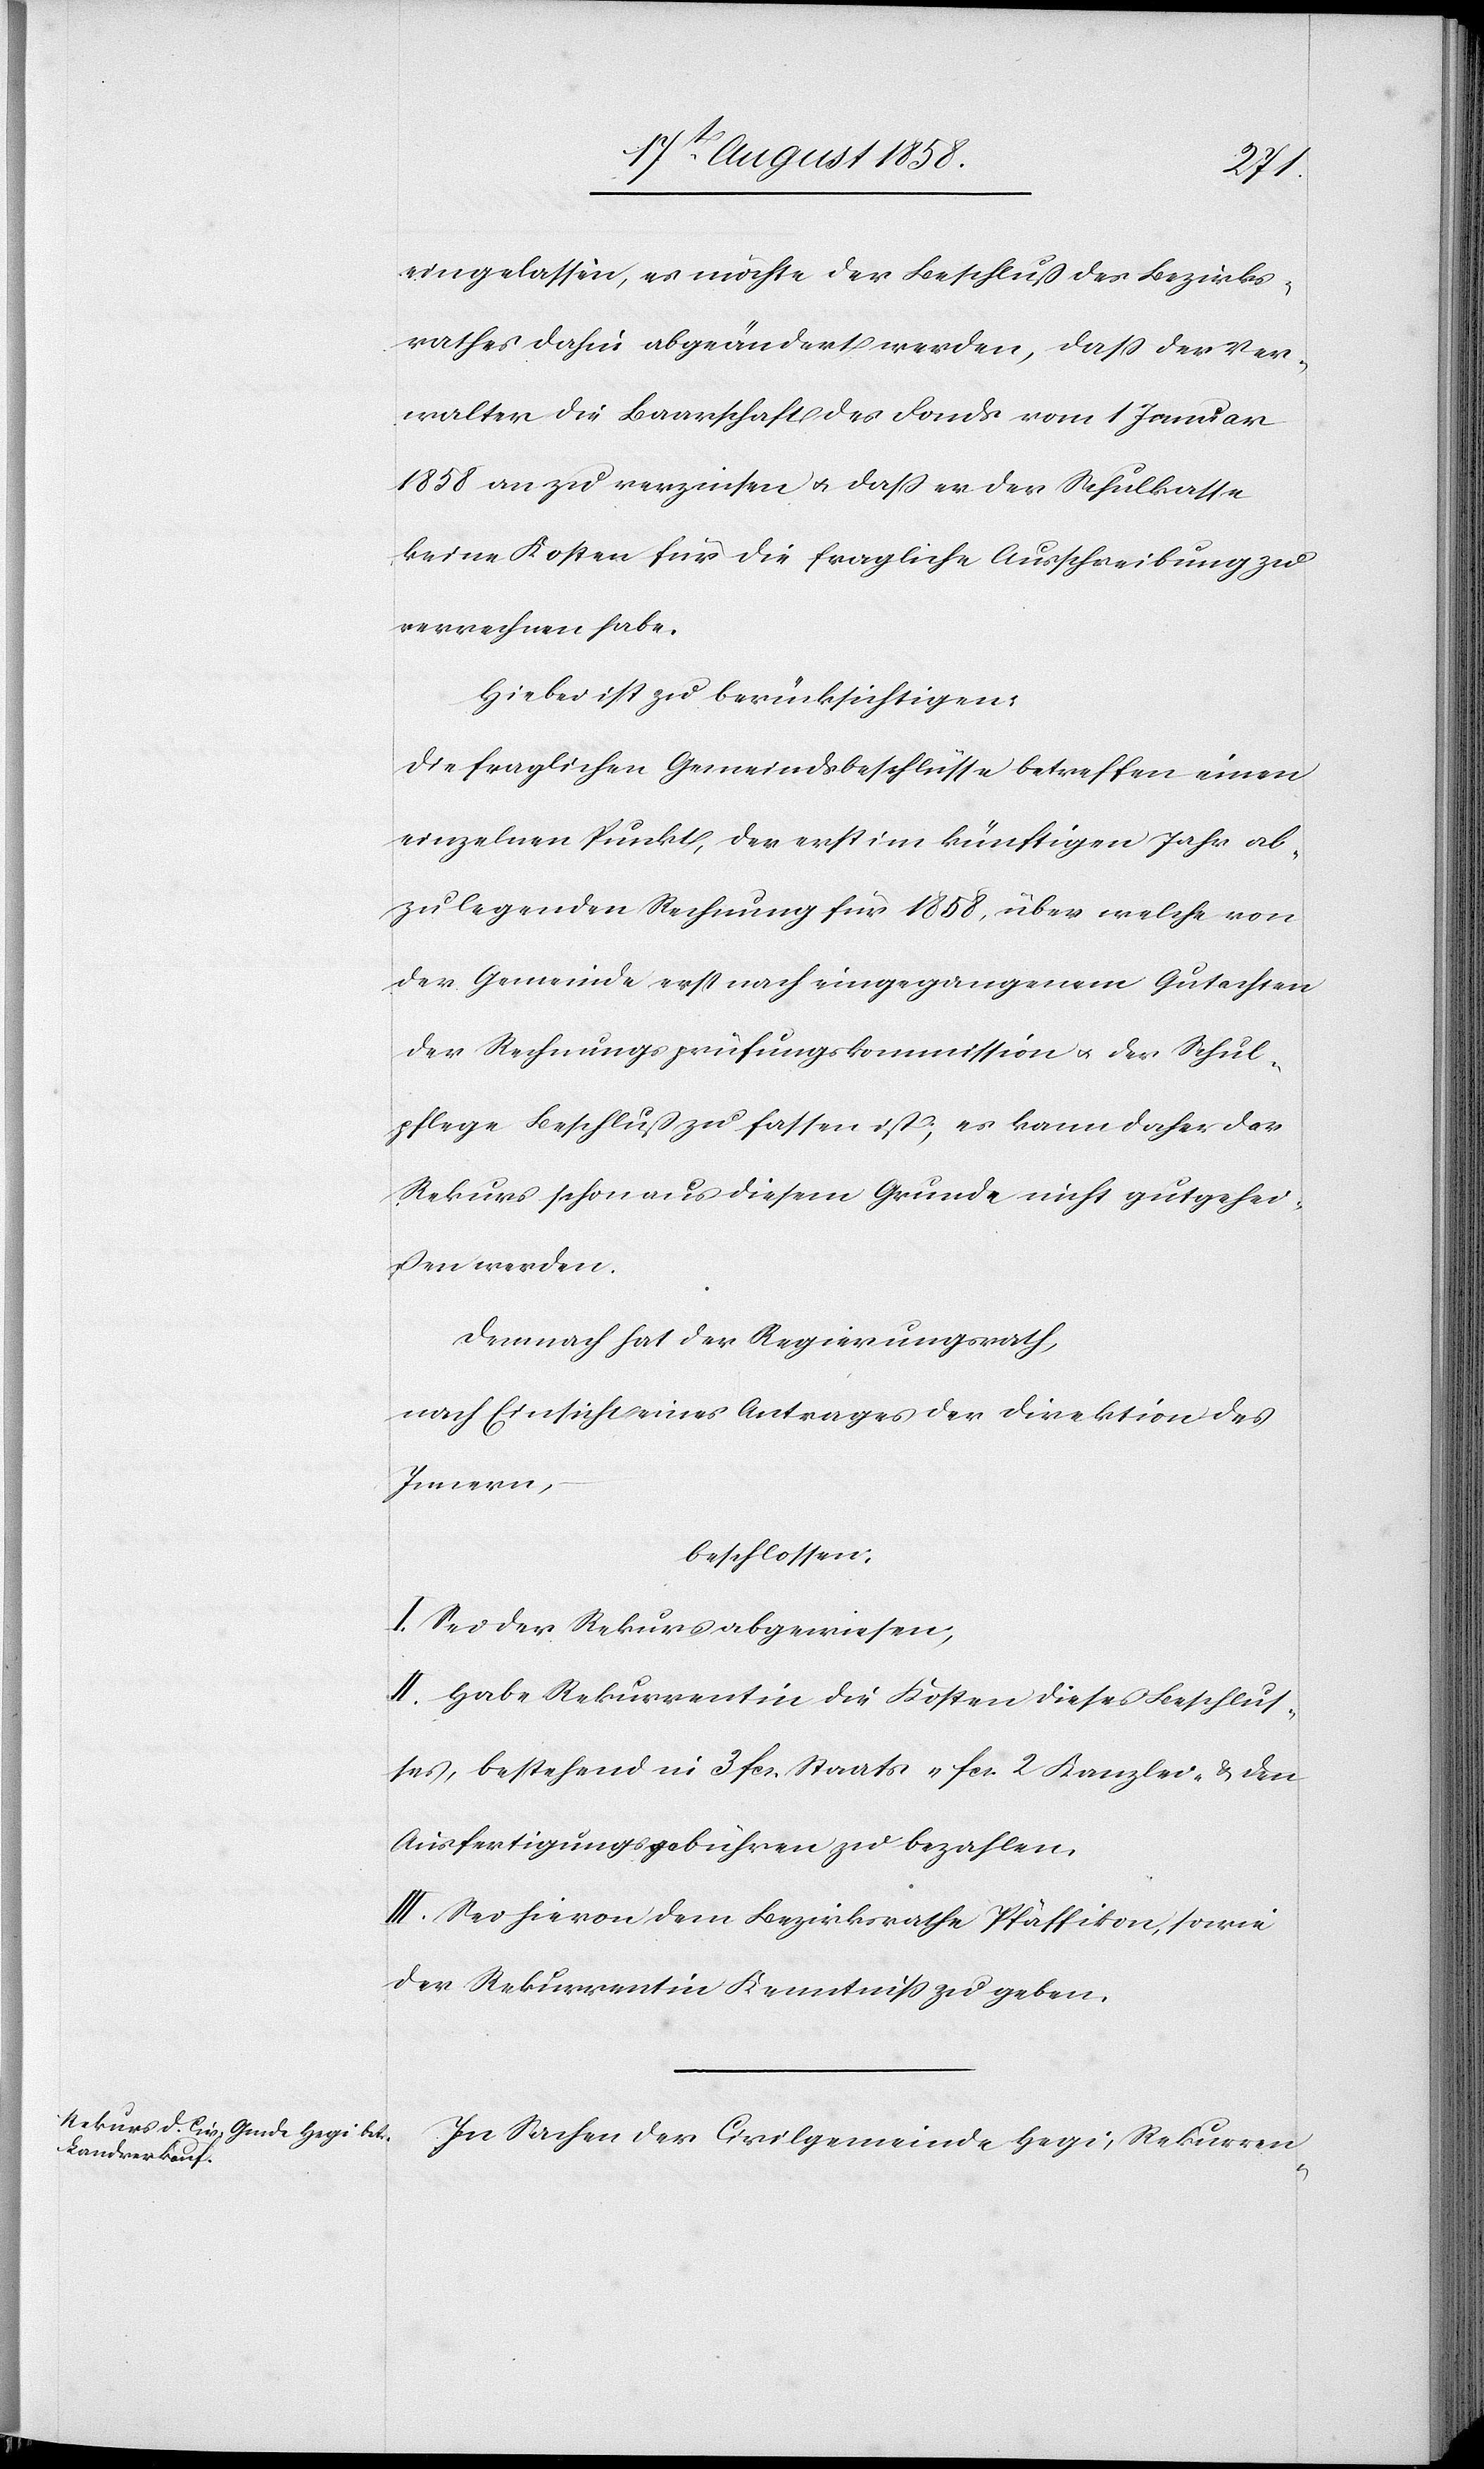
eingelassen, es möchte der Beschluß des Bezirks¬
rathes dahin abgeändert werden, dass der Ver¬
walter die Baarschaft des Fonds vom 1 Januar
1858 an zu verzinsen & dass er der Schulkasse
keine Kosten für die fragliche Ausschreibung zu
verrechnen habe.
Hiebei ist zu berücksichtigen:
Die fraglichen Gemeindsbeschlüsse betreffen einen
einzelnen Punkt, der erst im künftigen Jahr ab¬
zulegenden Rechnung für 1858, über welche von
der Gemeinde erst nach eingegangenem Gutachten
der Rechnungsprüfungskommission & der Schul¬
pflege Beschluß zu fassen ist; es kann daher der
Rekurs schon aus diesem Grunde nicht gutgehei¬
ßen werden.
Demnach hat der Regierungsrath,
nach Einsicht eines Antrages der Direktion des
Innern,
beschlossen:
I. Sei der Rekurs abgewiesen;
II. Habe Rekurrentin die Kosten dieses Beschlus¬
ses, bestehend in 3 fcs. Staats-[,] fcs. 2 Kanzlei- & den
Ausfertigungsgebühren zu bezahlen.
III. Sei hievon dem Bezirksrathe Pfäffikon, sowie
der Rekurrentin Kenntniss zu geben.
In Sachen der Civilgemeinde Hegi, Rekurren-